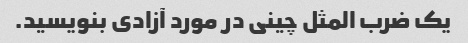
یک ضرب المثل چینی در مورد آزادی بنویسید.